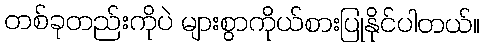
တစ်ခုတည်းကိုပဲ များစွာကိုယ်စားပြုနိုင်ပါတယ်။